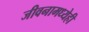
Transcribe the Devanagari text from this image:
जीवनामध्येही